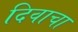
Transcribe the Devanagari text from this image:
दिवाचा